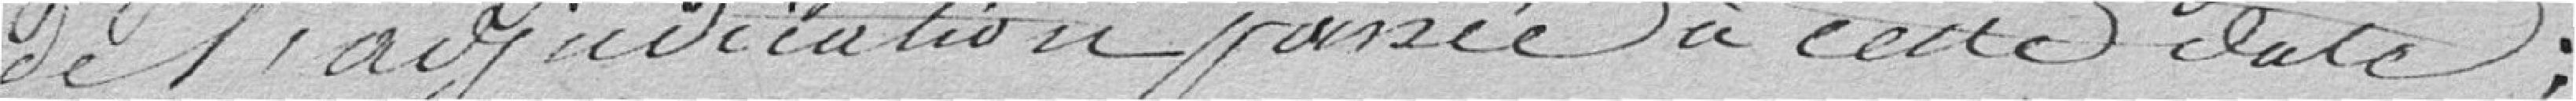
de l'adjudication passée à cette date;